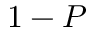
1 - P